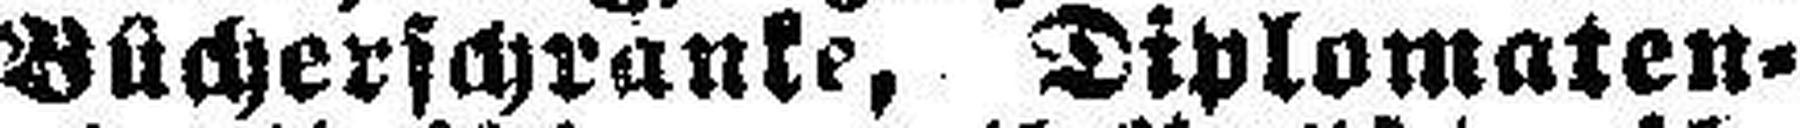
Bücherschranke, Diplomaten¬